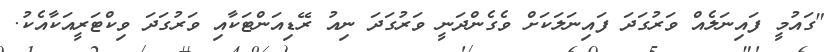
"ގައުމީ ފައިނަލެއް ވަރުގަދަ ފައިނަލަކަށް ވެގެންދަނީ ވަރުގަދަ ނިއު ރޭޑިއަންޓަކާއި ވަރުގަދަ ވިކްޓަރީއަކާއެކު.